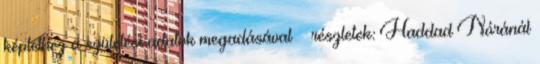
képlethez a születési adatok megadásával – részletek: Haddad Nóránál